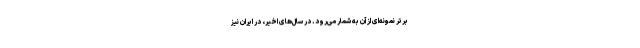
برتر نمونه‌ای از آن به شمار می‌رود. در سال‌های اخیر، در ایران نیز